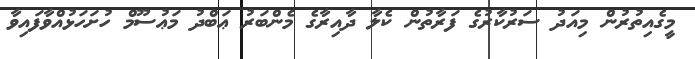
މީގެއިތުރުން މިއަދު ސަރުކާރުގެ ފަރާތުން ކެލާ ދާއިރާގެ މެންބަރު ޢަބްދު މަޢުސޫމް ހުށަހަޅުއްވާފައިވާ